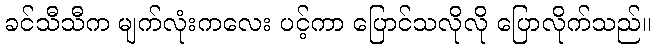
ခင်သီသီက မျက်လုံးကလေး ပင့်ကာ ပြောင်သလိုလို ပြောလိုက်သည်။